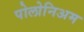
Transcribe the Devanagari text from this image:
पोलोनिअम